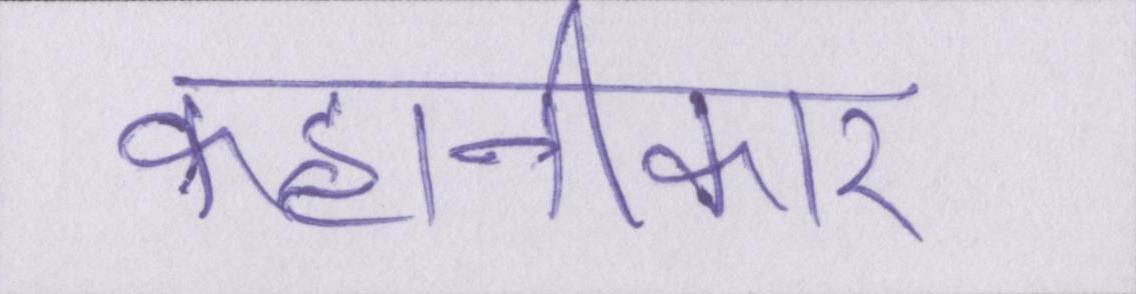
कहानीकार